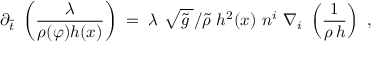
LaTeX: \partial _ { \tilde { t } } \ \left( \frac { \lambda } { \rho ( \varphi ) h ( x ) } \right) \; = \; \lambda \ \sqrt { \tilde { g } \; } / \tilde { \rho } \ h ^ { 2 } ( x ) \ n ^ { i } \ \nabla _ { i } \ \left( \frac { 1 } { \rho \, h } \right) \ ,